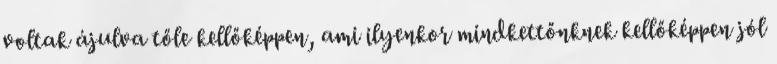
voltak ájulva tőle kellőképpen, ami ilyenkor mindkettőnknek kellőképpen jól